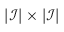
\vert \mathcal { I } \vert \times \vert \mathcal { I } \vert